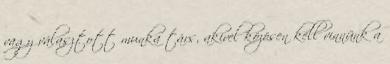
vagy választott munka társ, akivel közösen kell vinnünk a